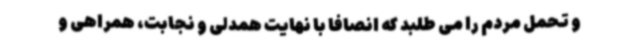
و تحمل مردم را می طلبد که انصافاً با نهایت همدلی و نجابت، همراهی و